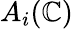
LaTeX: A_{i}(\mathbb{C})